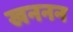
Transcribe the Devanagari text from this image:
खननन